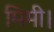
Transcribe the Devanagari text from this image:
मिमी।